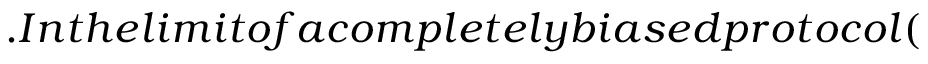
. I n t h e l i m i t o f a c o m p l e t e l y b i a s e d p r o t o c o l (